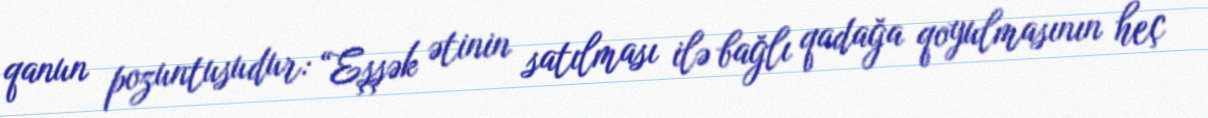
qanun pozuntusudur: “Eşşək ətinin satılması ilə bağlı qadağa qoyulmasının heç